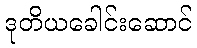
ဒုတိယခေါင်းဆောင်